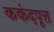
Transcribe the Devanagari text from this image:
ककंदपूत्त